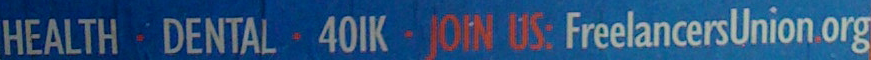
HEALTH·DENTAL·40lk·JOIN US: FreelancersUnion.org